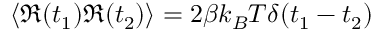
\langle \Re ( t _ { 1 } ) \Re ( t _ { 2 } ) \rangle = 2 \beta k _ { B } T \delta ( t _ { 1 } - t _ { 2 } )